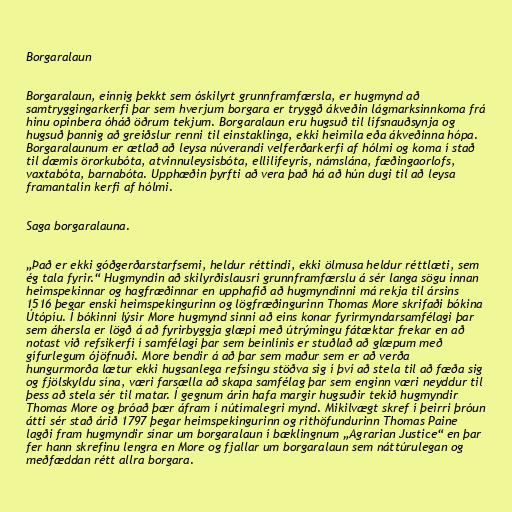
Borgaralaun

Borgaralaun, einnig þekkt sem óskilyrt grunnframfærsla, er hugmynd að
samtryggingarkerfi þar sem hverjum borgara er tryggð ákveðin lágmarksinnkoma frá
hinu opinbera óháð öðrum tekjum. Borgaralaun eru hugsuð til lífsnauðsynja og
hugsuð þannig að greiðslur renni til einstaklinga, ekki heimila eða ákveðinna hópa.
Borgaralaunum er ætlað að leysa núverandi velferðarkerfi af hólmi og koma í stað
til dæmis örorkubóta, atvinnuleysisbóta, ellilífeyris, námslána, fæðingaorlofs,
vaxtabóta, barnabóta. Upphæðin þyrfti að vera það há að hún dugi til að leysa
framantalin kerfi af hólmi.

Saga borgaralauna.

„Það er ekki góðgerðarstarfsemi, heldur réttindi, ekki ölmusa heldur réttlæti, sem
ég tala fyrir.“ Hugmyndin að skilyrðislausri grunnframfærslu á sér langa sögu innan
heimspekinnar og hagfræðinnar en upphafið að hugmyndinni má rekja til ársins
1516 þegar enski heimspekingurinn og lögfræðingurinn Thomas More skrifaði bókina
Útópíu. Í bókinni lýsir More hugmynd sinni að eins konar fyrirmyndarsamfélagi þar
sem áhersla er lögð á að fyrirbyggja glæpi með útrýmingu fátæktar frekar en að
notast við refsikerfi í samfélagi þar sem beinlínis er stuðlað að glæpum með
gífurlegum ójöfnuði. More bendir á að þar sem maður sem er að verða
hungurmorða lætur ekki hugsanlega refsingu stöðva sig í því að stela til að fæða sig
og fjölskyldu sína, væri farsælla að skapa samfélag þar sem enginn væri neyddur til
þess að stela sér til matar. Í gegnum árin hafa margir hugsuðir tekið hugmyndir
Thomas More og þróað þær áfram í nútímalegri mynd. Mikilvægt skref í þeirri þróun
átti sér stað árið 1797 þegar heimspekingurinn og rithöfundurinn Thomas Paine
lagði fram hugmyndir sínar um borgaralaun í bæklingnum „Agrarian Justice“ en þar
fer hann skrefinu lengra en More og fjallar um borgaralaun sem náttúrulegan og
meðfæddan rétt allra borgara.